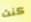
كنت